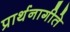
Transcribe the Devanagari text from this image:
प्रार्थनागीते